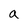
Character: a